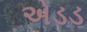
એડડ